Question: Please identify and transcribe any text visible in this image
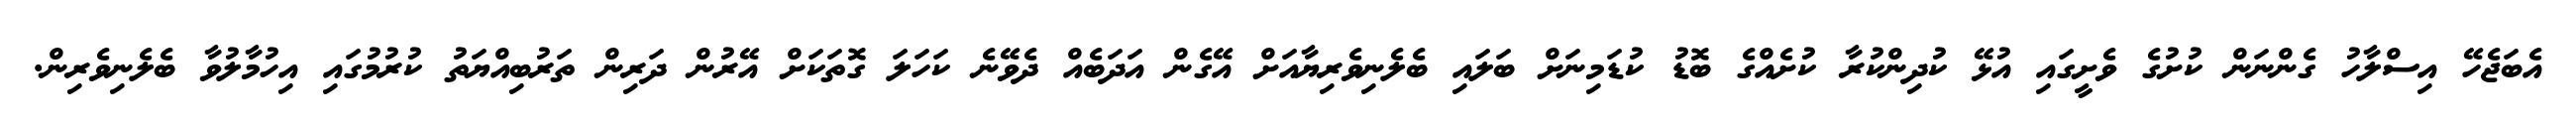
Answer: އެބަޖެހޭ އިސްލާހު ގެންނަން ކުށުގެ ވެށީގައި އުޅޭ ކުދިންކުރާ ކުށެއްގެ ބޮޑު ކުޑަމިނަށް ބަލައި ބެލެނިވެރިޔާއަށް އޭގެން އަދަބެއް ދެވޭނެ ކަހަލަ ގޮތަކަށް އޭރުން ދަރިން ތަރުބިއްޔަތު ކުރުމުގައި އިހުމާލުވާ ބެލެނިވެރިން.